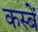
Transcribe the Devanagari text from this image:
कस्‍बें